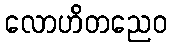
လောဟိတညေဝ